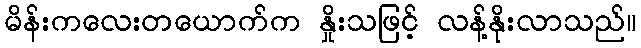
မိန်းကလေးတယောက်က နှိုးသဖြင့် လန့်နိုးလာသည်။